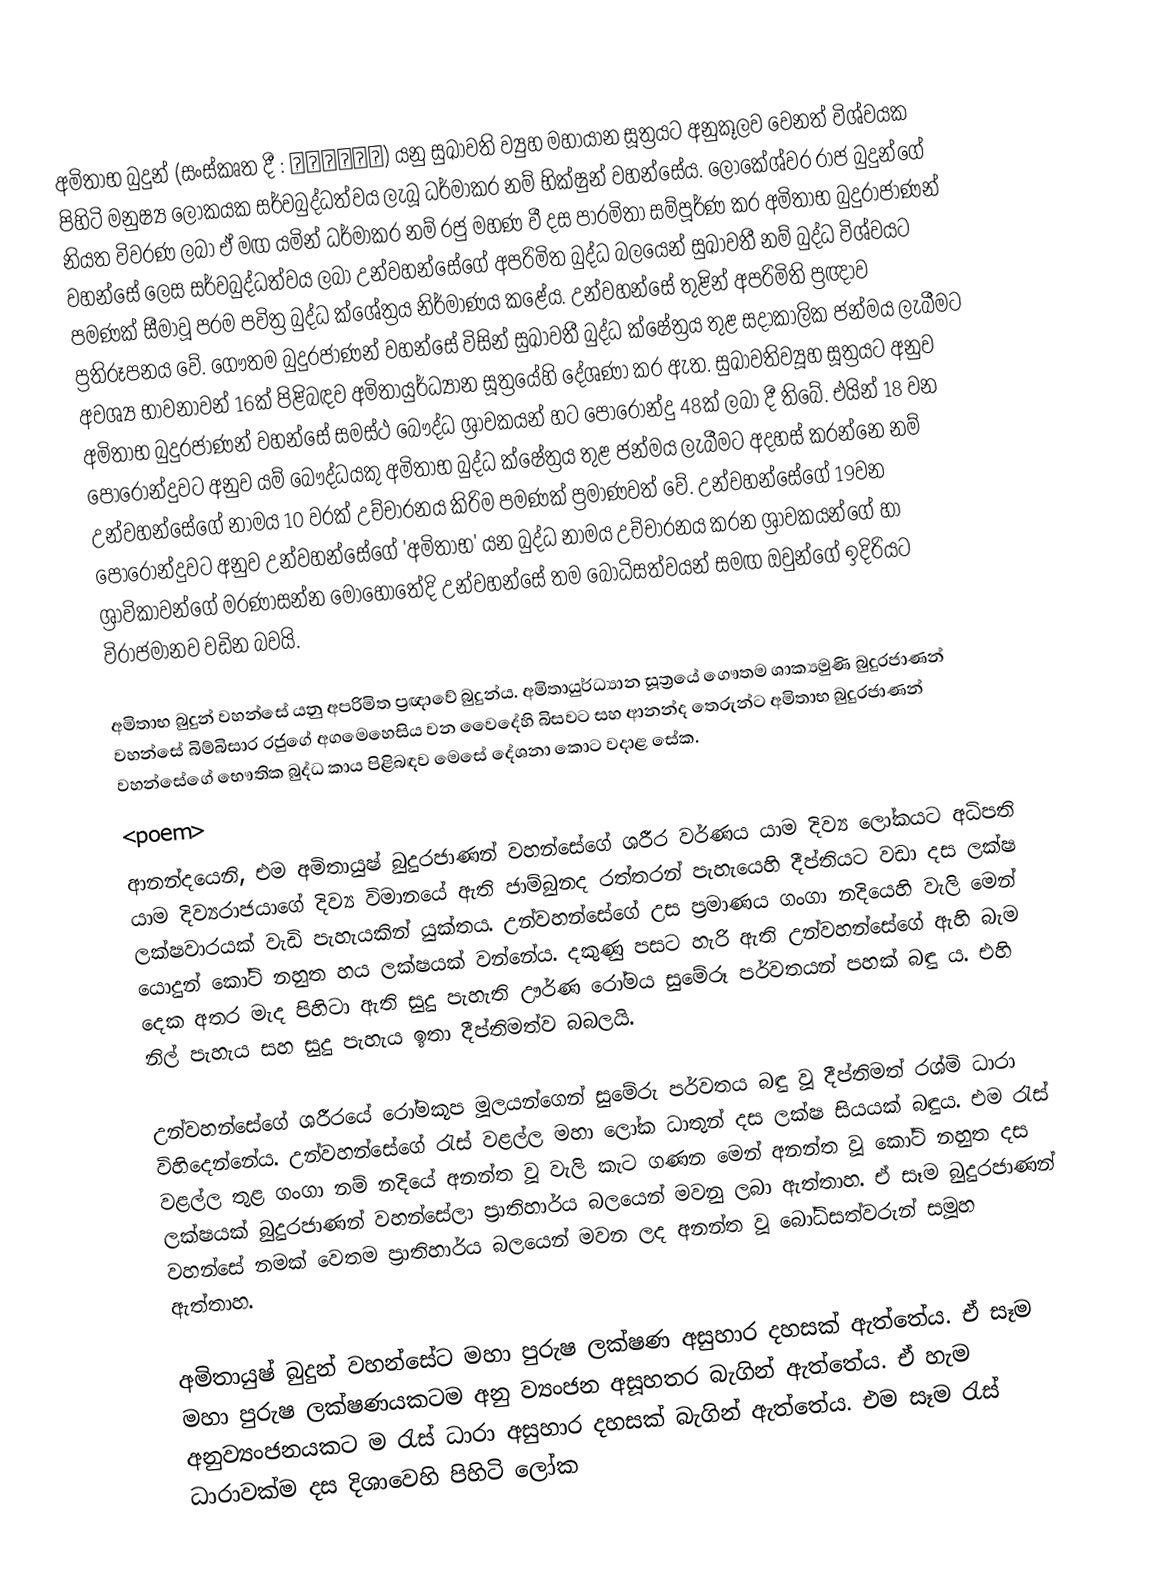
අමිතාභ බුදුන් (සංස්කෘත දී : अमिताभ) යනු සුඛාවති ව්‍යුහ මහායාන සූත්‍රයට අනුකූලව වෙනත් විශ්වයක පිහිටි මනුෂ්‍ය ලෝකයක සර්වබුද්ධත්වය ලැබූ ධර්මාකර නම් භික්ෂුන් වහන්සේය. ලෝකේශ්වර රාජ බුදුන්ගේ නියත විවරණ ලබා ඒ මඟ යමින් ධර්මාකර නම් රජු මහණ වී දස පාරමිතා සම්පූර්ණ කර අමිතාභ බුදුරාජාණන් වහන්සේ ලෙස සර්වබුද්ධත්වය ලබා උන්වහන්සේගේ අපරිමිත බුද්ධ බලයෙන් සුඛාවතී නම් බුද්ධ විශ්වයට පමණක් සීමාවූ පරම පවිත්‍ර බුද්ධ ක්ශේත්‍රය නිර්මාණය කළේය. උන්වහන්සේ තුළින් අපරිමිති ප්‍රඥාව ප්‍රතිරූපනය වේ. ගෞතම බුදුරජාණන් වහන්සේ විසින් සුඛාවතී බුද්ධ ක්ෂේත්‍රය තුළ සදාකාලික ජන්මය  ලැබීමට අවශ්‍ය භාවනාවන් 16ක් පිළිබඳව අමිතායුර්ධ්‍යාන සූත්‍රයේහි දේශණා කර ඇත. සුඛාවතිව්‍යූහ සූත්‍රයට අනුව අමිතාභ බුදුරජාණන්  වහන්සේ සමස්ථ බෞද්ධ ශ්‍රාවකයන් හට පොරොන්දු 48ක් ලබා දී තිබේ. එයින් 18 වන පොරොන්දුවට අනුව යම් බෞද්ධයකු අමිතාභ බුද්ධ ක්ෂේත්‍රය තුළ ජන්මය ලැබීමට අදහස් කරන්නෙ නම් උන්වහන්සේගේ නාමය 10 වරක් උච්චාරනය කිරිම පමණක් ප්‍රමාණවත් වේ. උන්වහන්සේගේ 19වන පොරොන්දුවට අනුව උන්වහන්සේගේ 'අමිතාභ' යන බුද්ධ නාමය උච්චාරනය කරන ශ්‍රාවකයන්ගේ හා ශ්‍රාවිකාවන්ගේ මරණාසන්න මොහොතේදි උන්වහන්සේ තම බෝධිසත්වයන් සමඟ ඔවුන්ගේ ඉදිරියට විරාජමානව වඩින බවයි.

අමිතාභ බුදුන් වහන්සේ යනු අපරිමිත ප්‍රඥාවේ බුදුන්ය. අමිතායුර්ධ්‍යාන සූත්‍රයේ ගෞතම ශාක්‍යමුණි බුදුරජාණන් වහන්සේ බිම්බිසාර රජුගේ අගමෙහෙසිය වන වෛදේහි බිසවට සහ ආනන්ද තෙරුන්ට අමිතාභ බුදුරජාණන් වහන්සේගේ භෞතික බුද්ධ කාය පිළිබඳව මෙසේ දේශනා කොට වදාළ සේක.
<poem>
ආනන්දයෙනි, එම අමිතායුෂ් බුදුරජාණන් වහන්සේගේ ශරීර වර්ණය යාම දිව්‍ය ලෝකයට අධිපති යාම දිව්‍යරාජයාගේ දිව්‍ය විමානයේ ඇති ජාම්බුනද රත්තරන් පැහැයෙහි දීප්තියට වඩා දස ලක්ෂ ලක්ෂවාරයක් වැඩි පැහැයකින් යුක්තය. උන්වහන්සේගේ උස ප්‍රමාණය ගංගා නදියෙහි වැලි මෙන් යොදුන් කෝටි නහුත හය ලක්ෂයක් වන්නේය. දකුණු පසට හැරි ඇති උන්වහන්සේගේ ඇහි බැම දෙක අතර මැද පිහිටා ඇති සුදු පැහැති ඌර්ණ රෝමය සුමේරූ පර්වතයන් පහක් බඳු ය. එහි නිල් පැහැය සහ සුදු පැහැය ඉතා දීප්තිමත්ව බබලයි.

උන්වහන්සේගේ ශරීරයේ රෝමකූප මූලයන්ගෙන් සුමේරු පර්වතය බඳු වූ දීප්තිමත් රශ්මි ධාරා විහිදෙන්නේය. උන්වහන්සේගේ රැස් වළල්ල මහා ලෝක ධාතුන් දස ලක්ෂ සියයක් බඳුය. එම රැස් වළල්ල තුළ ගංගා නම් නදියේ අනන්ත වූ වැලි කැට ගණන මෙන් අනන්ත වූ කෝටි නහුත දස ලක්ෂයක් බුදුරජාණන් වහන්සේලා ප්‍රාතිහාර්ය බලයෙන් මවනු ලබා ඇත්තාහ. ඒ සෑම බුදුරජාණන් වහන්සේ නමක් වෙතම ප්‍රාතිහාර්ය බලයෙන් මවන ලද අනන්ත වූ බෝධිසත්වරුන් සමූහ ඇත්තාහ.

අමිතායුෂ් බුදුන් වහන්සේට මහා පුරුෂ ලක්ෂණ අසුහාර දහසක් ඇත්තේය. ඒ සෑම මහා පුරුෂ ලක්ෂණයකටම අනු ව්‍යංජන අසූහතර බැගින් ඇත්තේය. ඒ හැම අනුව්‍යංජනයකට ම රැස් ධාරා අසුහාර දහසක් බැගින් ඇත්තේය. එම සෑම රැස් ධාරාවක්ම දස දිශාවෙහි පිහිටි ලෝක